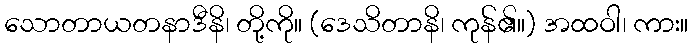
သောတာယတနာဒီနိ၊ တို့ကို။ (ဒေသိတာနိ၊ ကုန်၏။) အထဝါ၊ ကား။